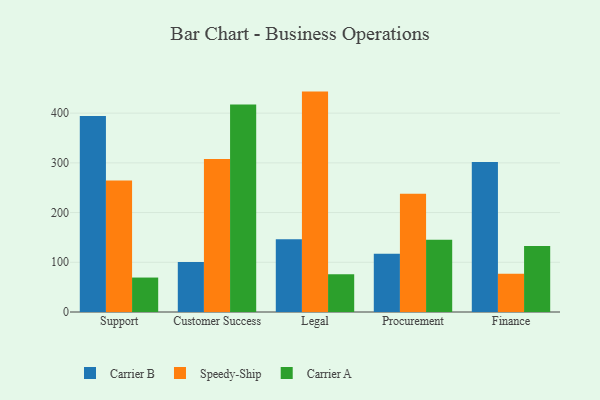
{"axis": {"x": "Department", "y": "Shipments"}, "legend": ["Carrier A", "Carrier B", "Speedy-Ship"], "data": [{"x": "Support", "y": 394.3, "type": "Carrier B"}, {"x": "Support", "y": 264.6, "type": "Speedy-Ship"}, {"x": "Support", "y": 69.3, "type": "Carrier A"}, {"x": "Customer Success", "y": 100.8, "type": "Carrier B"}, {"x": "Customer Success", "y": 307.6, "type": "Speedy-Ship"}, {"x": "Customer Success", "y": 417.6, "type": "Carrier A"}, {"x": "Legal", "y": 146.3, "type": "Carrier B"}, {"x": "Legal", "y": 443.3, "type": "Speedy-Ship"}, {"x": "Legal", "y": 75.8, "type": "Carrier A"}, {"x": "Procurement", "y": 117.3, "type": "Carrier B"}, {"x": "Procurement", "y": 237.9, "type": "Speedy-Ship"}, {"x": "Procurement", "y": 145.5, "type": "Carrier A"}, {"x": "Finance", "y": 301.6, "type": "Carrier B"}, {"x": "Finance", "y": 76.8, "type": "Speedy-Ship"}, {"x": "Finance", "y": 133.0, "type": "Carrier A"}]}